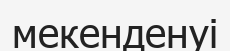
мекенденуі